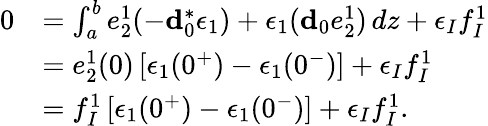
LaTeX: \begin{array}{rl}{0}&{=\int_{a}^{b}e_{2}^{1}(-\mathbf{d}_{0}^{\ast}\epsilon_{1})+\epsilon_{1}(\mathbf{d}_{0}e_{2}^{1})\, dz+\epsilon_{I}f_{I}^{1}}\\ &{=e_{2}^{1}(0)\left[\epsilon_{1}(0^{+})-\epsilon_{1}(0^{-})\right]+\epsilon_{I}f_{I}^{1}}\\ &{=f_{I}^{1}\left[\epsilon_{1}(0^{+})-\epsilon_{1}(0^{-})\right]+\epsilon_{I}f_{I}^{1}.}\end{array}